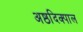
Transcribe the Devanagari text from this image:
अष्ठदिक्पाल